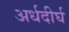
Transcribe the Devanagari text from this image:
अर्धदीर्घ